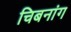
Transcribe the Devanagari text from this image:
चिबनांग